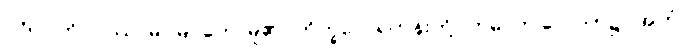
ပုဂ္ဂိုလ်ကို။ ပဿာမိ၊ မြင်တော်မူ၏။ ဘိက္ခဝေ၊ ရဟန်းတို့။ ဣဓ၊ ဤလောက၌။ အဟံ၊